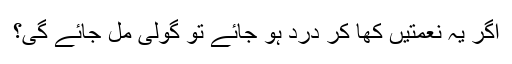
اگر يہ نعمتيں کھا کر درد ہو جائے تو گولی مل جائے گی؟